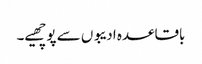
باقاعدہ ادیبوں سے پوچھیے۔